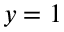
y = 1